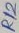
Text: R12